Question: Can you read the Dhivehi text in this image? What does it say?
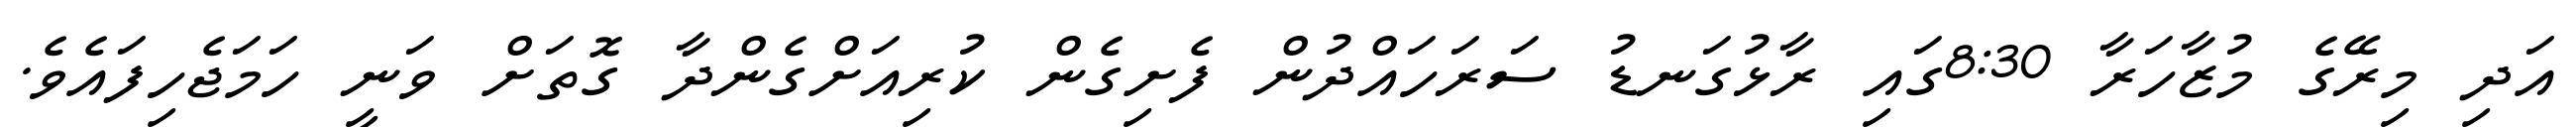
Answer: އަދި މިރޭގެ މުޒާހަރާ 8:30ގައި ރާޅުގަނޑު ސަރަހައްދުން ފެށިގެން ކުރިއަށްގެންދާ ގޮތަށް ވަނީ ހަމަޖެހިފައެވެ.